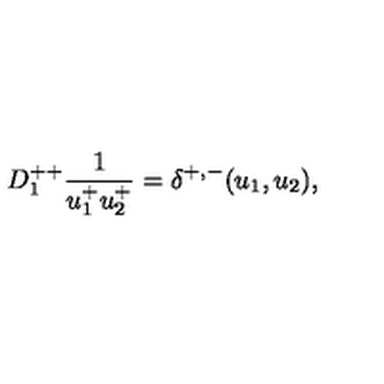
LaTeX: D _ { 1 } ^ { + + } { \frac { 1 } { u _ { 1 } ^ { + } u _ { 2 } ^ { + } } } = \delta ^ { + , - } ( u _ { 1 } , u _ { 2 } ) ,